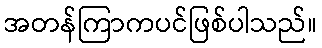
အတန်ကြာကပင်ဖြစ်ပါသည်။